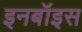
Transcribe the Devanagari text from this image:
इनबॉइस